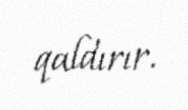
qaldırır.